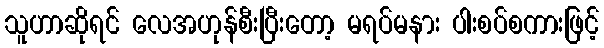
သူဟာဆိုရင် လေအဟုန်စီးပြီးတော့ မရပ်မနား ပါးစပ်စကားဖြင့်